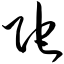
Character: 陀